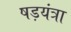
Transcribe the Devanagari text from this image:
षड़यंत्रा